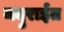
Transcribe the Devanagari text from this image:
मदुराईत